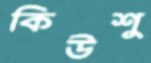
কিউশু